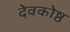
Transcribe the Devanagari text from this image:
देवकोष्ठ